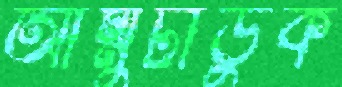
আম্মুটাডুক